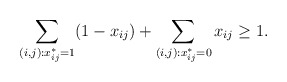
\begin{align*} \sum_{(i,j):x_{ij}^*=1} (1-x_{ij}) + \sum_{(i,j):x_{ij}^*=0} x_{ij} \ge 1.\end{align*}